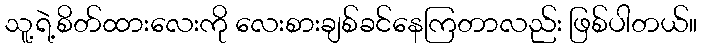
သူ့ရဲ့စိတ်ထားလေးကို လေးစားချစ်ခင်နေကြတာလည်း ဖြစ်ပါတယ်။